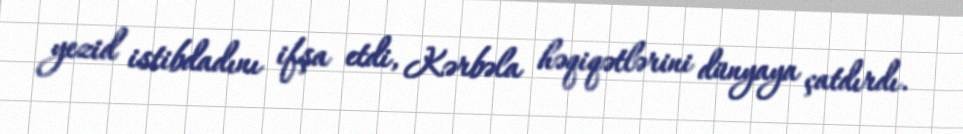
yezid istibdadını ifşa etdi, Kərbəla həqiqətlərini dünyaya çatdırdı.